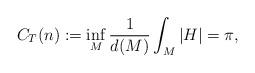
LaTeX: \begin{align*} C_T(n) :=\inf_M \frac{1}{d(M)}\int_M|H| = \pi,\end{align*}